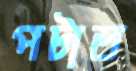
পটাত